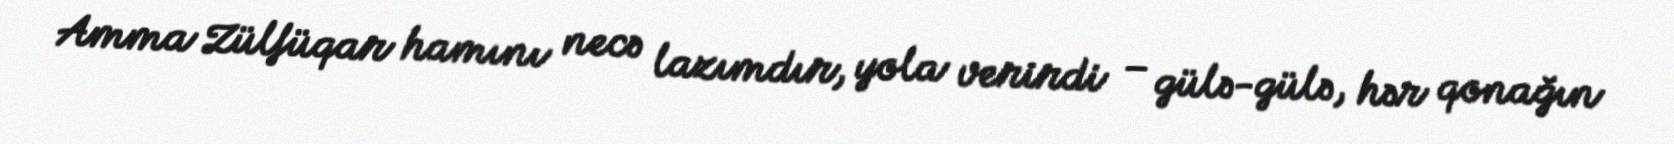
Amma Zülfüqar hamını necə lazımdır, yola verirdi – gülə-gülə, hər qonağın